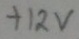
Text: +12V